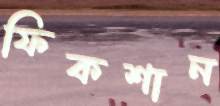
ফিকশান